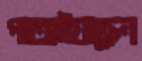
পাতাইয়াছেন